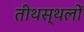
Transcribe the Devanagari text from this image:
तीथस्थलों